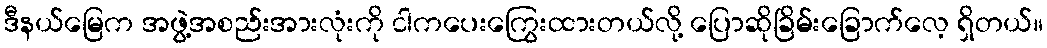
ဒီနယ်မြေက အဖွဲ့အစည်းအားလုံးကို ငါကပေးကြွေးထားတယ်လို့ ပြောဆိုခြိမ်းခြောက်လေ့ ရှိတယ်။